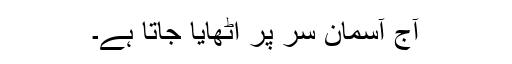
آج آسمان سر پر اٹھایا جاتا ہے۔